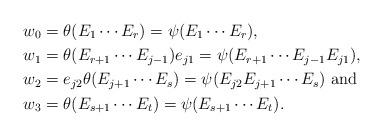
LaTeX: \begin{align*}w_0&=\theta(E_1\cdots E_r)=\psi(E_1\cdots E_r),\\w_1&=\theta(E_{r+1}\cdots E_{j-1})e_{j1}=\psi(E_{r+1}\cdots E_{j-1}E_{j1}),\\w_2&=e_{j2}\theta(E_{j+1}\cdots E_s)=\psi(E_{j2}E_{j+1}\cdots E_s)\textrm{ and}\\w_3&=\theta(E_{s+1}\cdots E_t)=\psi(E_{s+1}\cdots E_t).\end{align*}